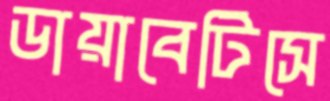
ডায়াবেটিসে